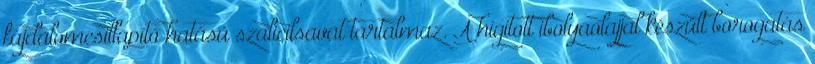
fájdalomcsillapító hatású szalicilsavat tartalmaz. A hígított ibolyaolajjal készült borogatás